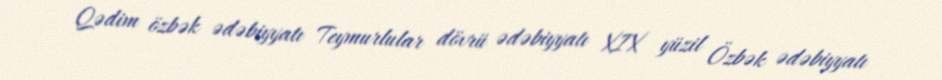
Qədim özbək ədəbiyyatı Teymurlular dövrü ədəbiyyatı XIX yüzil Özbək ədəbiyyatı